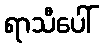
ရာသီပေါ်